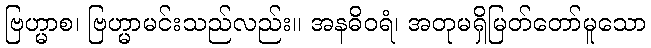
ဗြဟ္မာစ၊ ဗြဟ္မာမင်းသည်လည်း။ အနဓိဝရံ၊ အတုမရှိမြတ်တော်မူသော